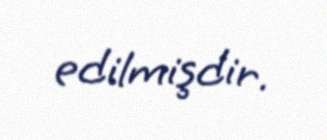
edilmişdir.